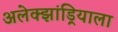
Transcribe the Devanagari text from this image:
अलेक्झांड्रियाला